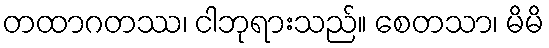
တထာဂတဿ၊ ငါဘုရားသည်။ စေတသာ၊ မိမိ